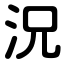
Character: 況